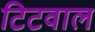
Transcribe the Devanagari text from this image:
टिटवाल